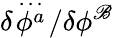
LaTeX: \delta\! \stackrel{{\ldots}}{\phi^{a}}\! /\delta\phi^{\mathscr{B}}